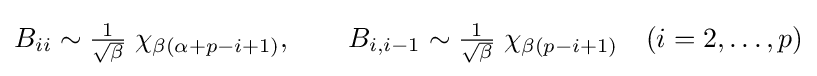
B_{ii}\sim {\tfrac {1}{\sqrt {\beta }}}\;\chi _{\beta (\alpha +p-i+1)},\qquad B_{i,i-1}\sim {\tfrac {1}{\sqrt {\beta }}}\;\chi _{\beta (p-i+1)}\quad (i=2,\dots ,p)